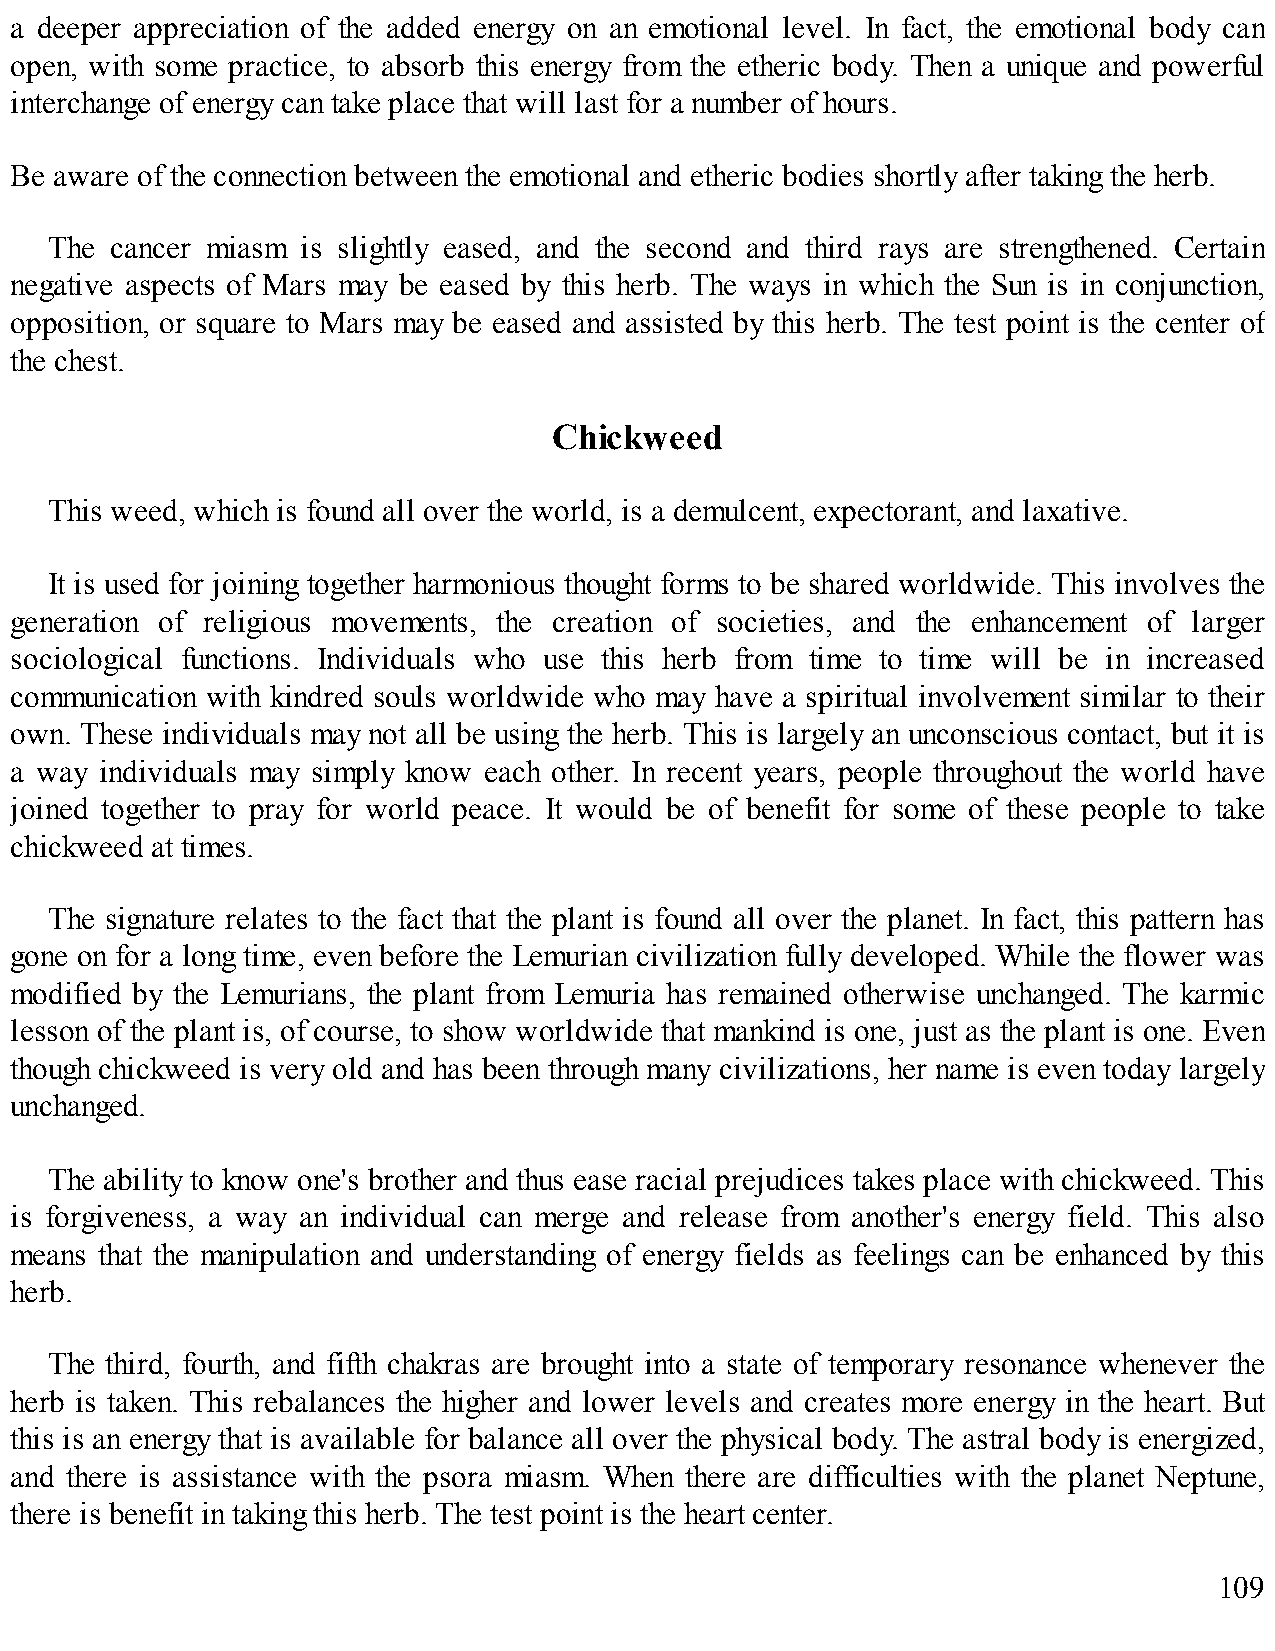
a deeper appreciation of the added energy on an emotional level. In fact, the emotional body can
 open, with some practice, to absorb this energy from the etheric body. Then a unique and powerful
 interchange of energy can take place that will last for a number of hours.
 Be aware of the connection between the emotional and etheric bodies shortly after taking the herb.
 The cancer miasm is slightly eased, and the second and third rays are strengthened. Certain
 negative aspects of Mars may be eased by this herb. The ways in which the Sun is in conjunction,
 opposition, or square to Mars may be eased and assisted by this herb. The test point is the center of
 the chest.
 Chickweed
 This weed, which is found all over the world, is a demulcent, expectorant, and laxative.
 It is used for joining together harmonious thought forms to be shared worldwide. This involves the
 generation of religious movements, the creation of societies, and the enhancement of larger
 sociological functions. Individuals who use this herb from time to time will be in increased
 communication with kindred souls worldwide who may have a spiritual involvement similar to their
 own. These individuals may not all be using the herb. This is largely an unconscious contact, but it is
 a way individuals may simply know each other. In recent years, people throughout the world have
 joined together to pray for world peace. It would be of benefit for some of these people to take
 chickweed at times.
 The signature relates to the fact that the plant is found all over the planet. In fact, this pattern has
 gone on for a long time, even before the Lemurian civilization fully developed. While the flower was
 modified by the Lemurians, the plant from Lemuria has remained otherwise unchanged. The karmic
 lesson of the plant is, of course, to show worldwide that mankind is one, just as the plant is one. Even
 though chickweed is very old and has been through many civilizations, her name is even today largely
 unchanged.
 The ability to know one's brother and thus ease racial prejudices takes place with chickweed. This
 is forgiveness, a way an individual can merge and release from another's energy field. This also
 means that the manipulation and understanding of energy fields as feelings can be enhanced by this
 herb.
 The third, fourth, and fifth chakras are brought into a state of temporary resonance whenever the
 herb is taken. This rebalances the higher and lower levels and creates more energy in the heart. But
 this is an energy that is available for balance all over the physical body. The astral body is energized,
 and there is assistance with the psora miasm. When there are difficulties with the planet Neptune,
 there is benefit in taking this herb. The test point is the heart center.
 109